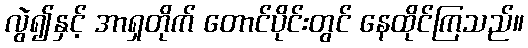
လွဲ၍နှင့် အာရှတိုက် တောင်ပိုင်းတွင် နေထိုင်ကြသည်။